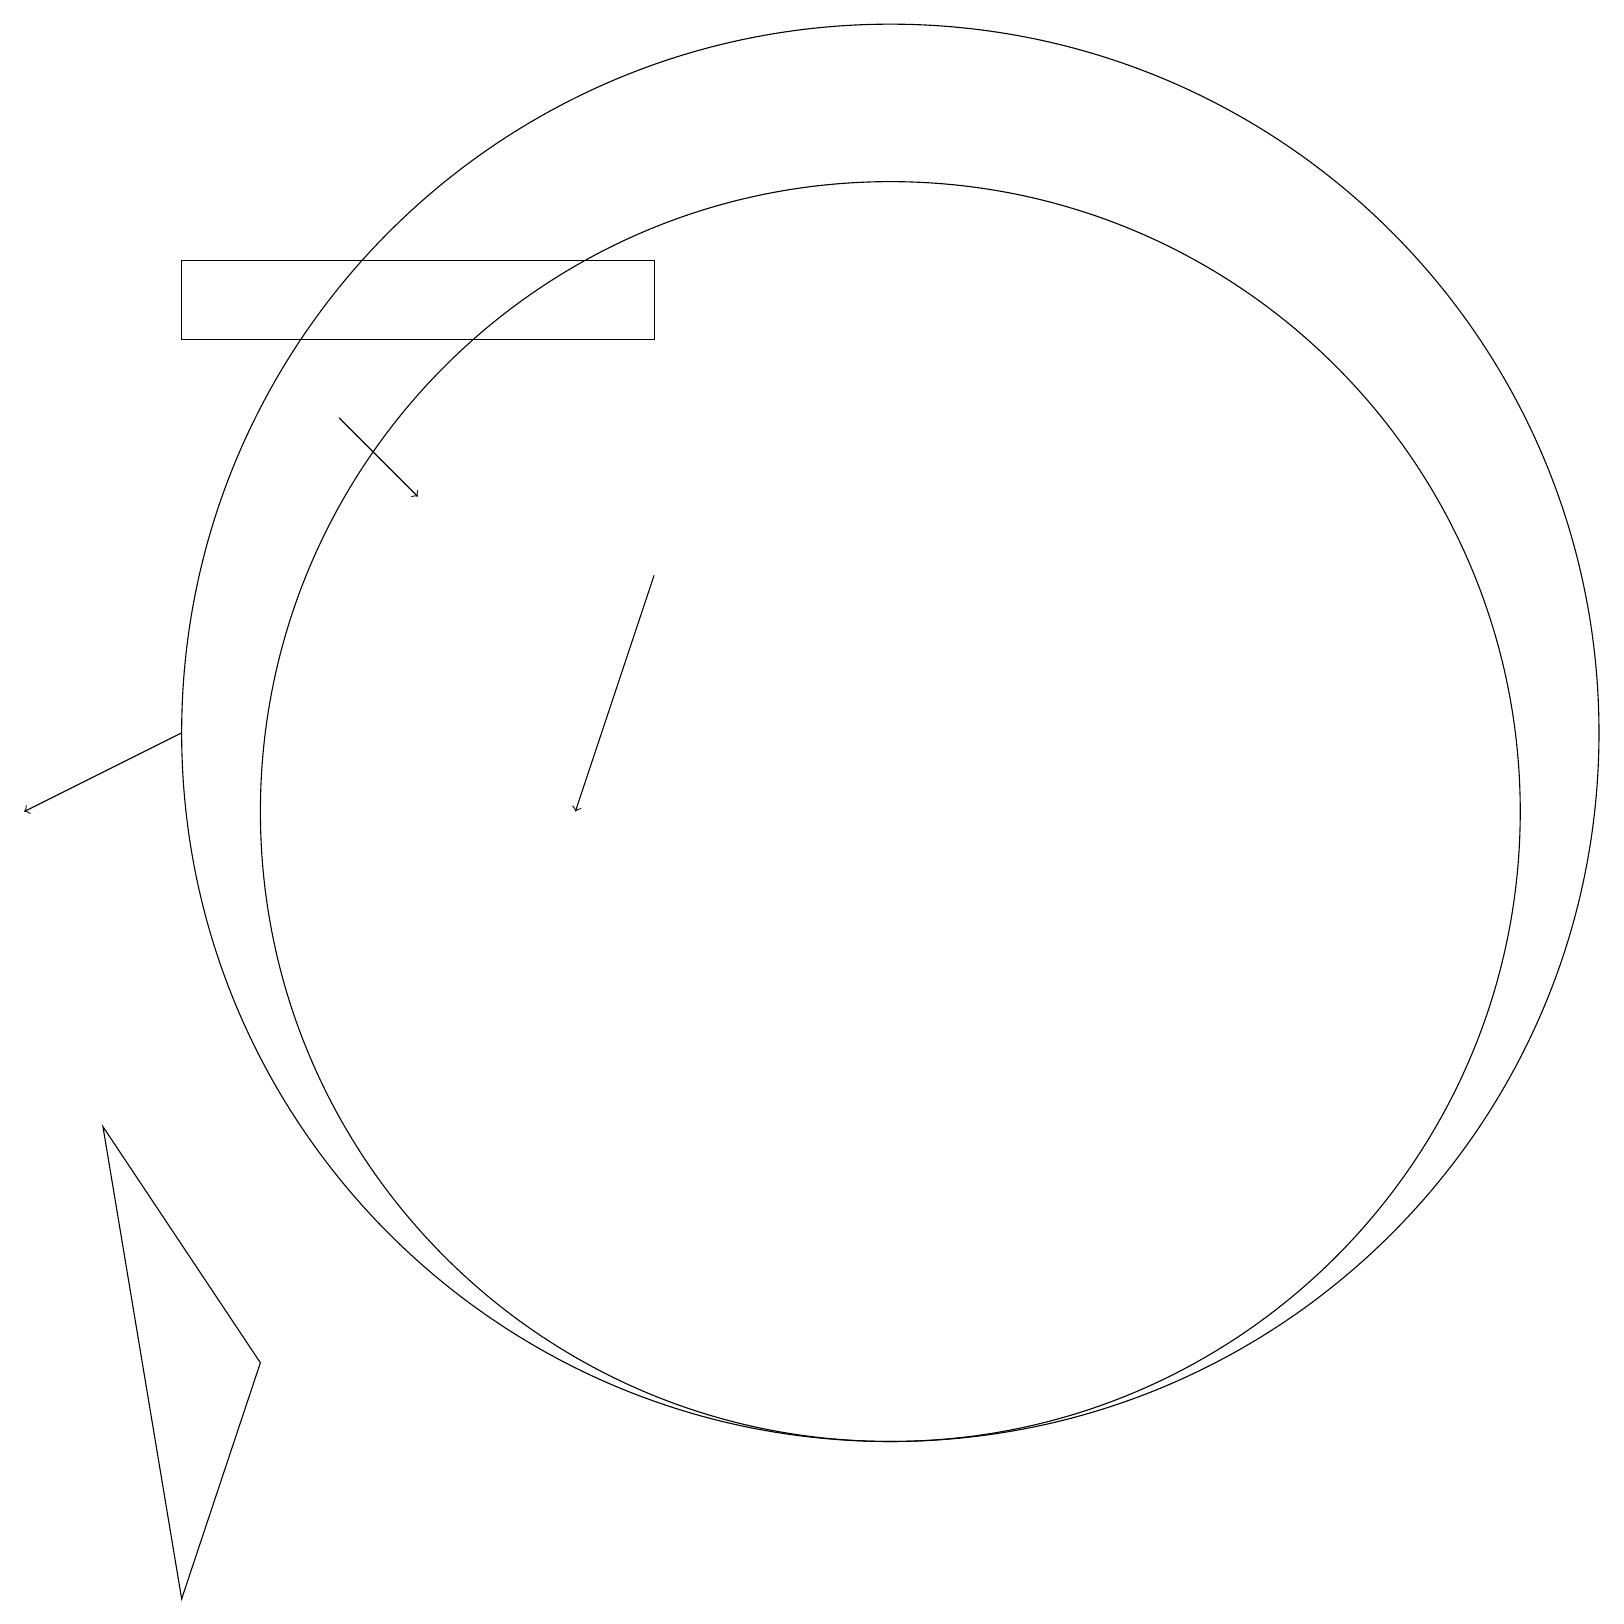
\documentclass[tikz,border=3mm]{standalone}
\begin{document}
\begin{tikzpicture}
\draw[->] (4,16) -- (5,15);
\draw (11,11) circle (8);
\draw (11,12) circle (9);
\draw[->] (8,14) -- (7,11);
\draw (2,18) rectangle (8,17);
\draw[->] (2,12) -- (0,11);
\draw (2,1) -- (3,4) -- (1,7) -- cycle;
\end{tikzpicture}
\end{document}